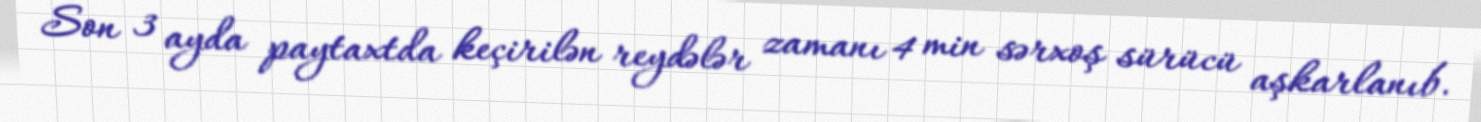
Son 3 ayda paytaxtda keçirilən reydələr zamanı 4 min sərxoş sürücü aşkarlanıb.